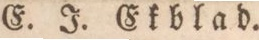
E. J. Ekblad.